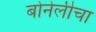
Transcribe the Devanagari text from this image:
बोनेलीचा